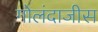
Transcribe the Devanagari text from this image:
गोलंदाजीस